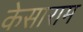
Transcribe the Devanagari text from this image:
केसाराम